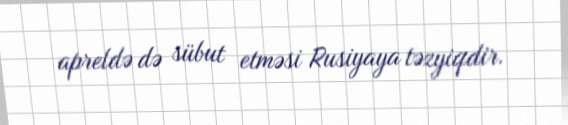
apreldə də sübut etməsi Rusiyaya təzyiqdir.